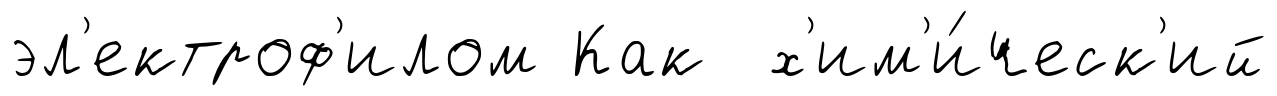
эл'ектроф'илом Как х'им'и́ческ'ий